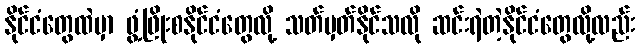
နိုင်ငံတွေထဲမှာ ဖွံ့ဖြိုးစနိုင်ငံတွေလို့ သတ်မှတ်နိုင်သလို ဆင်းရဲတဲ့နိုင်ငံတွေလို့လည်း